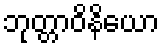
ဘုတ္တာဝိနိယော